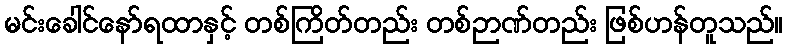
မင်းခေါင်နော်ရထာနှင့် တစ်ကြိတ်တည်း တစ်ဉာဏ်တည်း ဖြစ်ဟန်တူသည်။